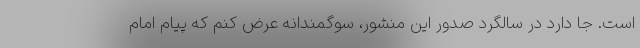
است. جا دارد در سالگرد صدور این منشور، سوگمندانه عرض کنم که پیام امام